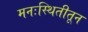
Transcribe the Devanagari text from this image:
मनःस्थितीतून